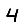
Digit: 4